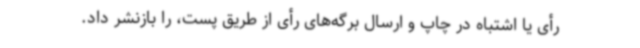
رأی یا اشتباه در چاپ و ارسال برگه‌های رأی از طریق پست، را بازنشر داد.